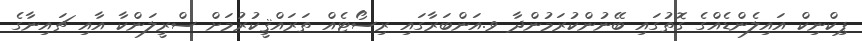
ޕިކްނިކް އައިލެންޑެއްގެ ގޮތުގައި ބޭނުންކުރަމުންދާ ވ.އަންބަރާގައި ރިސޯޓެއް ތަރައްޤީކުރުމަށް ސްރީލަންކާ އާއި ޗައިނާގެ